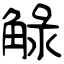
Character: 觮